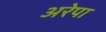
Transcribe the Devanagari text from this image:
अरेपा